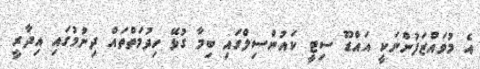
އެ މުވައްޒަފުންނަކީ އައްޑޫ ސިޓީ ކައުންސިލްގައި ބިމާ ގުޅޭ ހިދުމަތްތައް ދިނުމުގައި އިދާރީ